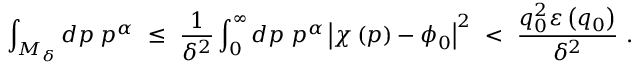
\int _ { M _ { \delta } } d p \; p ^ { \alpha } \ \leq \ \frac { 1 } { \delta ^ { 2 } } \int _ { 0 } ^ { \infty } d p \; p ^ { \alpha } \left| \chi \left( p \right) - \phi _ { 0 } \right| ^ { 2 } \ < \ \frac { q _ { 0 } ^ { 2 } \varepsilon \left( q _ { 0 } \right) } { \delta ^ { 2 } } \ .